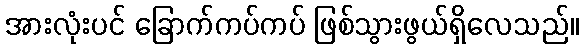
အားလုံးပင် ခြောက်ကပ်ကပ် ဖြစ်သွားဖွယ်ရှိလေသည်။